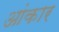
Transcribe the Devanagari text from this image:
आंकार